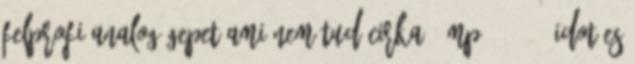
felprofi analog gepet ami nem tud cirka 10mp-1 1000-idot es